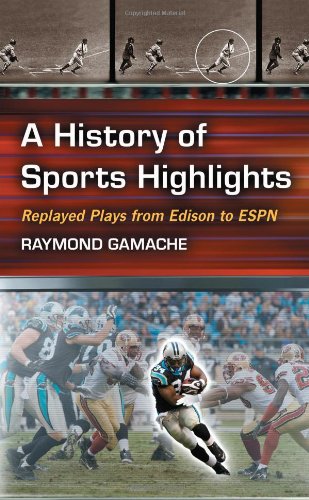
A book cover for A History of Sports Highlights: Replayed Plays from Edison to ESPN; Raymond Gamache; Sports & Outdoors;